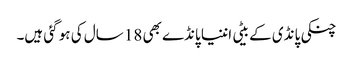
چنکی پانڈی کے بیٹی اننیا پانڈے بھی 18 سال کی ہو گئی ہیں۔